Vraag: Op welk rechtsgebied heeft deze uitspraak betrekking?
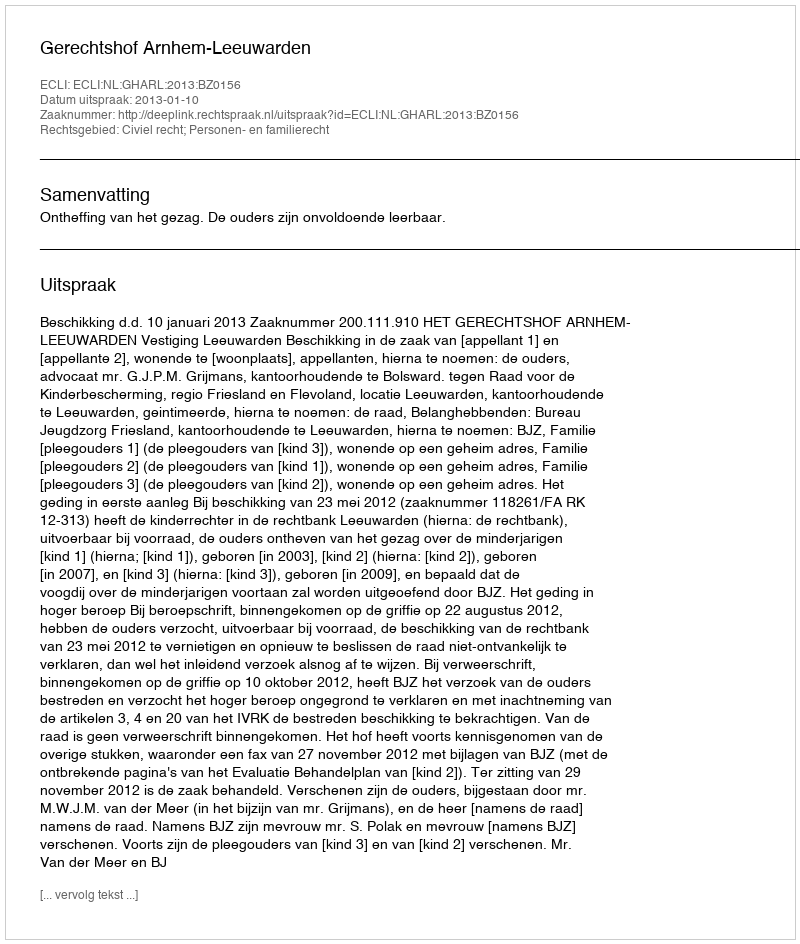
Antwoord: Civiel recht; Personen- en familierecht